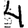
Digit: 4